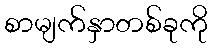
စာမျက်နှာတစ်ခုကို